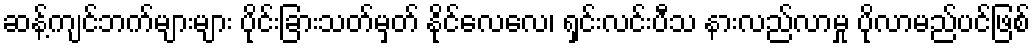
ဆန့်ကျင်ဘက်များများ ပိုင်းခြားသတ်မှတ် နိုင်လေလေ၊ ရှင်းလင်းပီသ နားလည်လာမှု ပိုလာမည်ပင်ဖြစ်